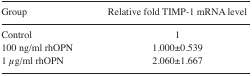
| Group | Relative fold TIMP-1 mRNA level |
 | --- | --- |
 | Control | 1 |
 | 100 ng/ml rhOPN | 1.000±0.539 |
 | 1 μg/ml rhOPN | 2.060±1.667 |